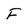
Character: F